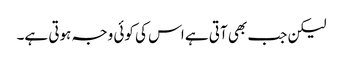
لیکن جب بھی آتی ہے اس کی کوئی وجہ ہوتی ہے۔